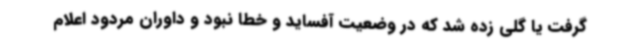
گرفت یا گلی زده شد که در وضعیت آفساید و خطا نبود و داوران مردود اعلام